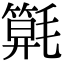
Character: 𣰖